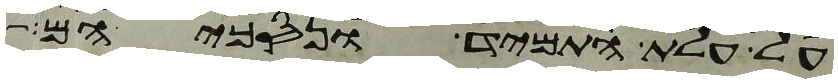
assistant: על עלת התמיד ונסכיהם